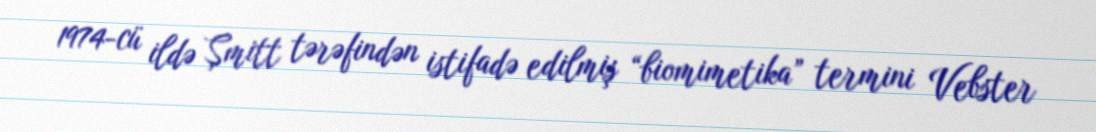
1974-cü ildə Şmitt tərəfindən istifadə edilmiş “biomimetika” termini Vebster